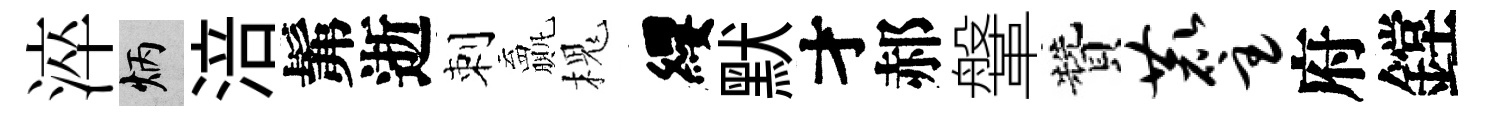
淬炳涪髴逝刺贏槐纓默才郝鞶贊麈府鏜